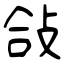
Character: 敆